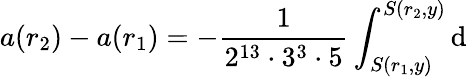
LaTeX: a(r_{2})-a(r_{1})=-\frac{1}{2^{13}\cdot 3^{3}\cdot 5}\int_{S(r_{1},y)}^{S(r_{2},y)}\mathrm{d}